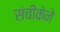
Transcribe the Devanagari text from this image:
संचीकेने